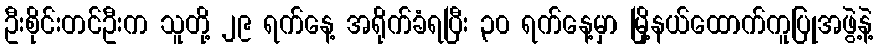
ဦးစိုင်းတင်ဦးက သူတို့ ၂၉ ရက်နေ့ အရိုက်ခံရပြီး ၃၀ ရက်နေ့မှာ မြို့နယ်ထောက်ကူပြုအဖွဲ့နဲ့